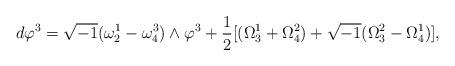
LaTeX: \begin{align*}d\varphi^3=\sqrt{-1}(\omega_2^1-\omega_4^3)\wedge \varphi^3+\frac{1}{2}[(\Omega_3^1+\Omega_4^2)+\sqrt{-1}(\Omega_3^2-\Omega_4^1)],\end{align*}